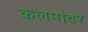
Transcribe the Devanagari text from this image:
कलमांवर